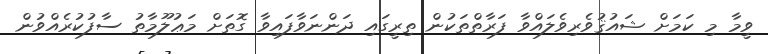
ވީމާ މި ކަމަށް ޝައުޤުވެރިވެލައްވާ ފަރާތްތަކުން ތިރީގައި ދަންނަވާފައިވާ ގޮތަށް މަޢުލޫމާތު ސާފުކުރެއްވުން